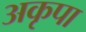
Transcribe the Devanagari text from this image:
अकृपा